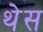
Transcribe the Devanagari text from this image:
थेस